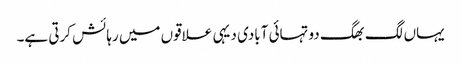
یہاں لگ بھگ دو تہائی آبادی دیہی علاقوں میں رہائش کرتی ہے۔